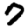
Digit: 7